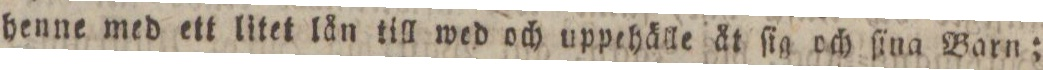
henne med ett litet lån till wed och uppehälle åt ſig och ſina Barn;